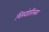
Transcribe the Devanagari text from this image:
शिखंडतिलक